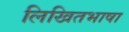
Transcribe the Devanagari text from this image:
लिखितभाषा